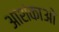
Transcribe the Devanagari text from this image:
आशंकाओ